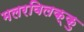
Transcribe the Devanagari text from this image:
मलरविलक्कु